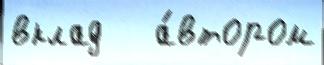
вклад   а́втором